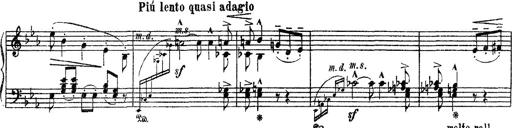
Title: Apparitions
Composer: Franz Liszt